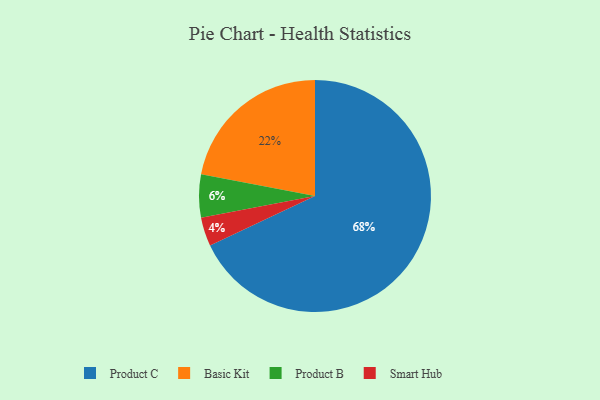
{"axis": {"x": "Category", "y": "Percentage"}, "legend": ["Basic Kit", "Product B", "Product C", "Smart Hub"], "data": [{"x": "Smart Hub", "y": 4, "type": "Smart Hub"}, {"x": "Product B", "y": 6, "type": "Product B"}, {"x": "Basic Kit", "y": 22, "type": "Basic Kit"}, {"x": "Product C", "y": 68, "type": "Product C"}]}